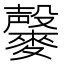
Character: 𪍱